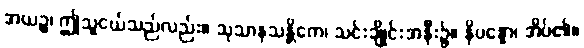
အယဉ္စ၊ ဤသူငယ်သည်လည်း။ သုသာနသန္တိကေ၊ သင်းချိုင်းအနီး၌။ နိပန္နော၊ အိပ်၏။